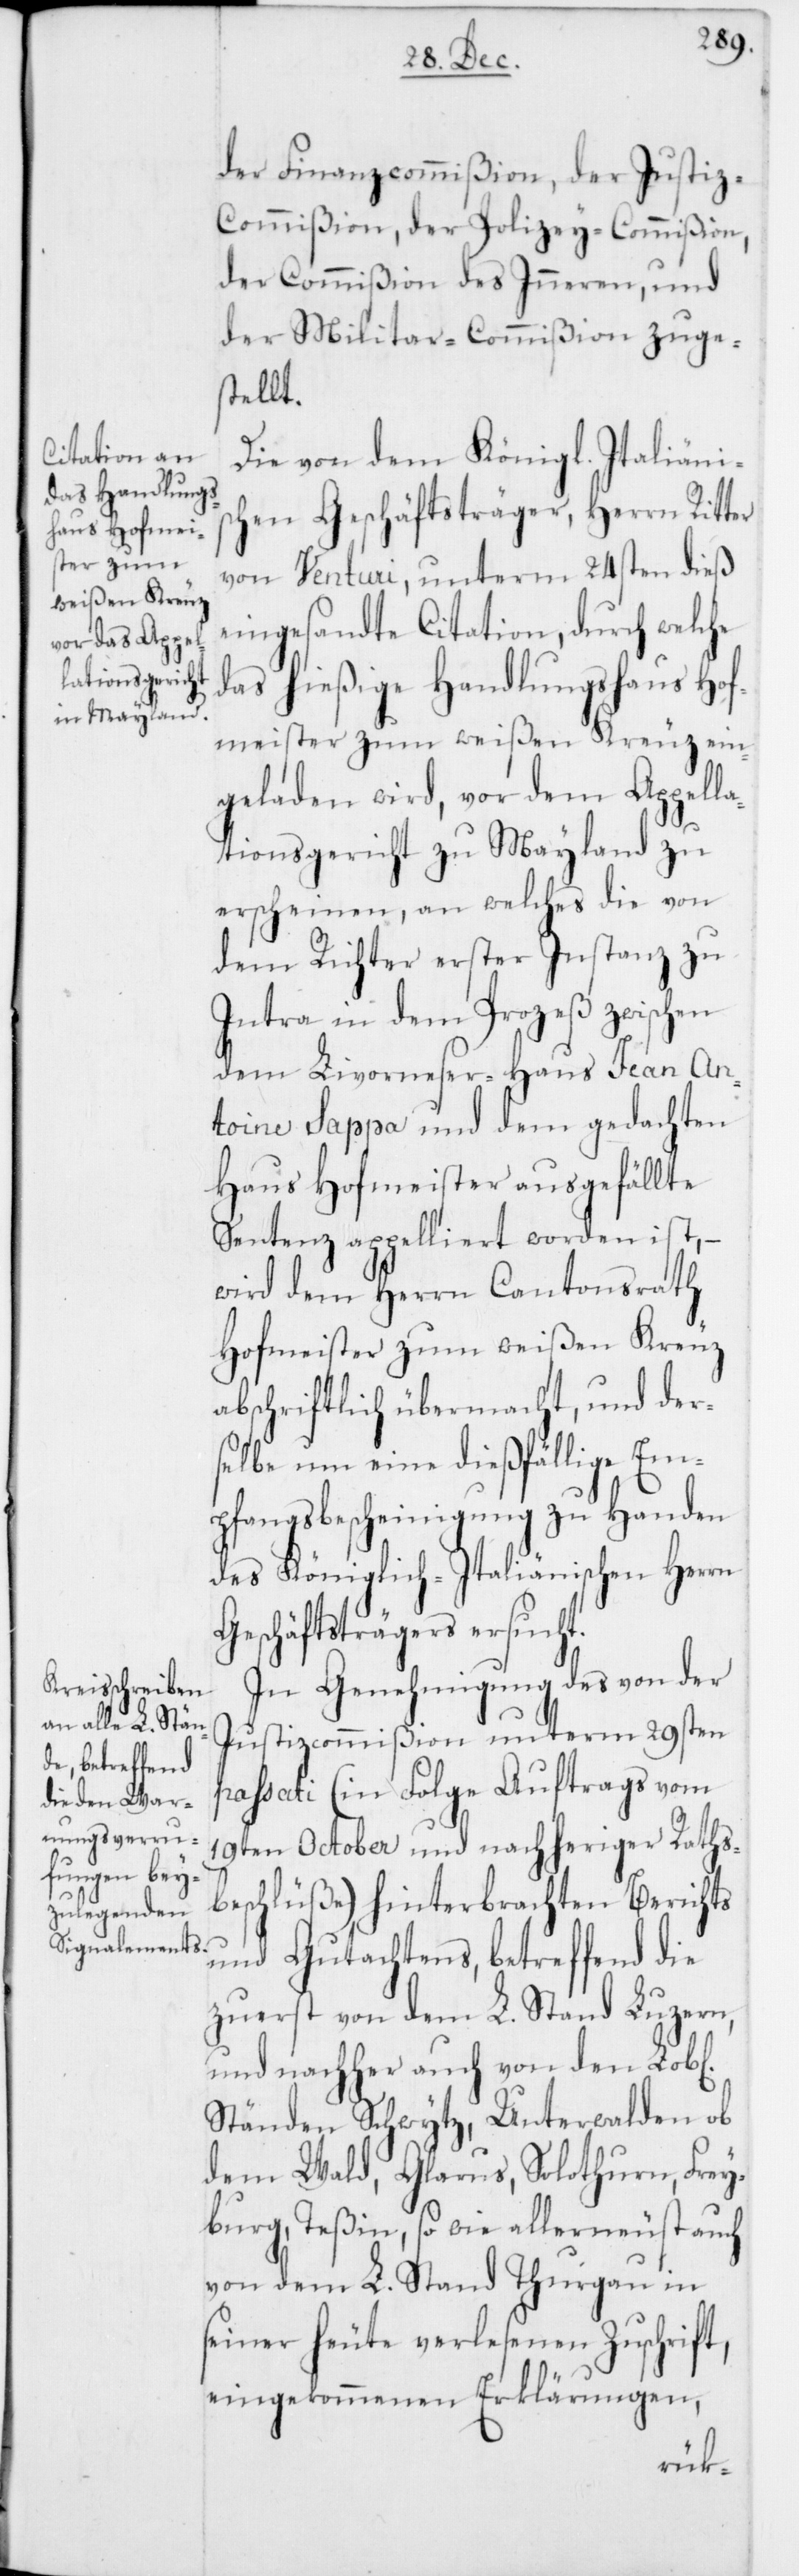
der Finanzcommißion, der Justiz-C¬
ommißion, der Polizey-Commißion,
der Commißion des Inneren, und
der Militar-Commißion zuge¬
stellt.
Die von dem Königl. Italiänis¬
chen Geschäftsträger, Herrn Ritter
von Venturi, unterm 24sten dieß
eingesandte Citation, durch welche
das hießige Handlungshaus Hof¬
meister zum weißen Kreuz ein¬
geladen wird, vor dem Appell¬
ationsgericht zu Mayland zu
erscheinen, an welches die von
dem Richter erster Instanz zu
Intra in dem Prozeß zwischen
dem Livorneser-Haus Jean An¬
toine Sappa und dem gedachten
Haus Hofmeister ausgefällte
Sentenz appelliert worden ist, –
wird dem Herrn Cantonsrath
Hofmeister zum weißen Kreuz
abschriftlich übermacht, und der¬
selbe um eine dießfällige Em¬
pfangsbescheinigung zu Handen
des Königlich-Italiänischen Herrn
Geschäftsträgers ersucht.
In Genehmigung des von der
Justizcommißion unterm 29sten
passati (in Folge Auftrags vom
19ten October und nachheriger Raths¬
beschlüße) hinterbrachten Berichts
und Gutachtens, betreffend die
zuerst von dem L. Stand Luzern,
und nachher auch von den Lob[l¬
Ständen Schwytz, Unterwalden ob
dem Wald, Glarus, Solothurn, Frey¬
burg, Teßin, so wie allerneust auch
von dem L. Stand Thurgau in
seiner heute verlesenen Zuschrift,
eingekommenen Erklärungen,
ichen]